Lunatic asylums Central Provinces reports 1895-1909 - 1895-1909
Year: 1895
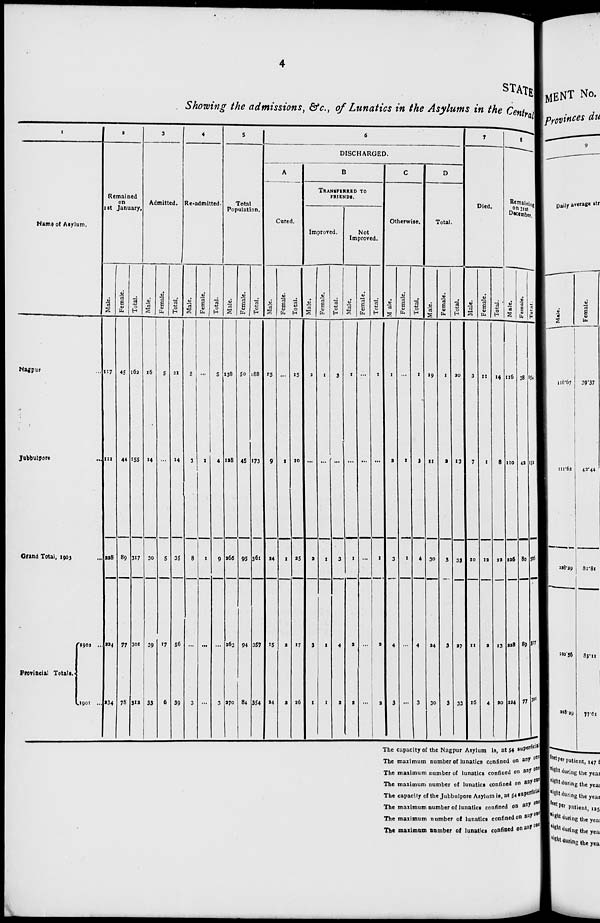
4
STATE
Showing the admissio
1
Name of Asylum.
Nagpur ...
Jubbulpore
...
Grand Total, 1903
...
Provincial Totals.
1902
...
1901
...
2
Remained
on
1st January.
Male.
117
111
228
224
234
Female.
45
44
89
77
78
Total.
162
155
317
301
312
3
Admitted.
Male.
16
14
30
39
33
Female.
5
...
5
17
6
Total.
21
14
35
56
39
4
Re-admitted.
Male.
5
3
8
...
3
Female.
...
1
1
...
...
Total.
5
4
9
...
3
5
Total
Population.
Male.
138
128
366
263
270
Female.
50
45
95
94
84
Total.
188
173
361
357
354
6
DISCHARGED.
A
Cured.
Male.
15
9
24
15
24
Female.
...
1
1
3
2
Total.
15
10
25
17
26
B
TRANSFERRED TO
FRIENDS.
Improred.
Male.
2
...
2
3
1
Female.
1
...
1
1
1
Total.
3
...
3
4
2
Not
Improved.
Male.
1
...
1
a
2
Female.
...
...
...
...
...
Total.
1
...
1
a
3
C
Otherwise.
Male.
1
2
3
4
3
Female.
...
1
1
...
...
Total.
1
3
4
4
3
D
Total.
Male.
19
11
30
34
30
Female.
1
2
3
3
3
Total.
20
13
35
37
33
7
Died.
Male.
3
7
10
11
16
Female.
11
1
12
3
4
Total.
14
8
22
13
20
8
Remaining
on 31st
December.
Male.
116
110
226
228
224
Female.
38
42
80
89
77
Total.
154
152
306
317
301
The capacity of the Nagpur Asylum is, at 54 superficial
The maximum number of lunatics confined on any one
The maximum number of lunatics confined on any one
The maximum number of lunatics confined on any one
The capacity of the Jubbulpore Asylum is, at 54 superficial
The maximum number of lunatics confined on any one
The maximum number of lunatics confined on any one
The maximum number of lunatics confined on any one